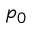
p _ { 0 }